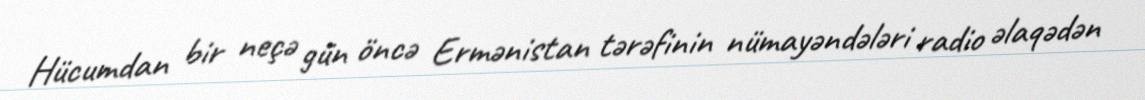
Hücumdan bir neçə gün öncə Ermənistan tərəfinin nümayəndələri radio əlaqədən